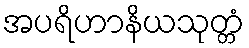
အပရိဟာနိယသုတ္တံ